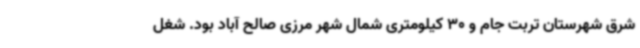
شرق شهرستان تربت جام و 30 کیلومتری شمال شهر مرزی صالح آباد بود. شغل